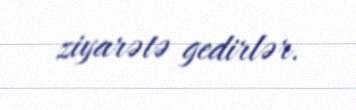
ziyarətə gedirlər.